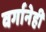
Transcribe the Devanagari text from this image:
वर्गानेही